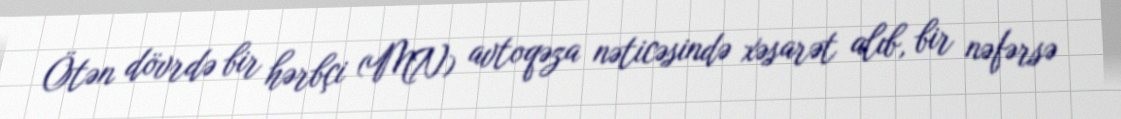
Ötən dövrdə bir hərbçi (MN) avtoqəza nəticəsində xəsarət alıb, bir nəfərsə